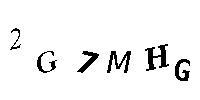
2G7MHG